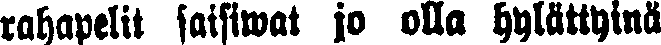
rahapelit saisiwat jo olla hylättyinä